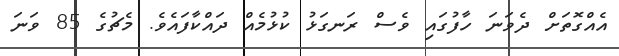
އެއްގޮތަށް ދެވަނަ ހާފުގައި ވެސް ރަނގަޅު ކުޅުމެއް ދައްކާފައެވެ. މެޗުގެ 85 ވަނަ